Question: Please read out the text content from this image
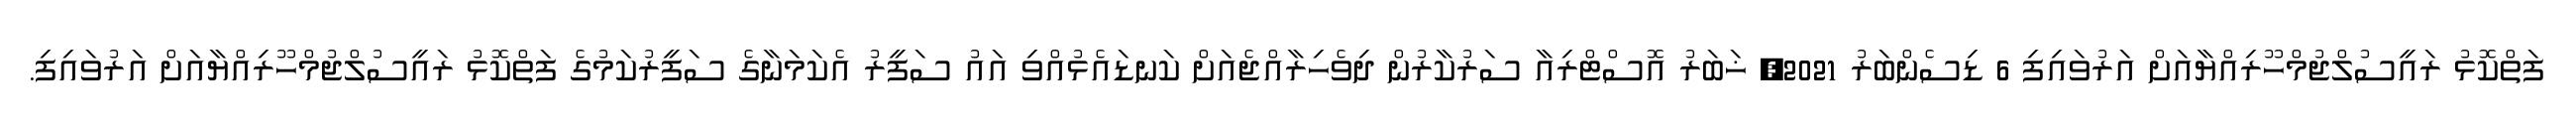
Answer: ފަތްކޮޅު ރައީސުލްޖުމްހޫރިއްޔާއަށް އަރުވައިފި 6 ޑިސެންބަރު 2021, ޚަބަރު އޮސްޓްރިއާ ސަރުކާރުން ދިވެހިރާއްޖެއަށް ކަނޑައެޅުއްވި އައު ސަފީރު އެކަމަނާގެ ސަފީރުކަމުގެ ފަތްކޮޅު ރައީސުލްޖުމްހޫރިއްޔާއަށް އަރުވައިފި.